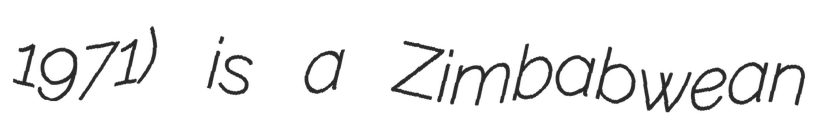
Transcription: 1971) is a Zimbabwean